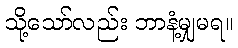
သို့သော်လည်း ဘာနံ့မျှမရ။